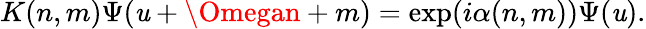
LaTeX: K(n,m)\Psi(\mathit{u}+\Omegan+m)=\exp(i\alpha(n,m))\Psi(\mathit{u}).